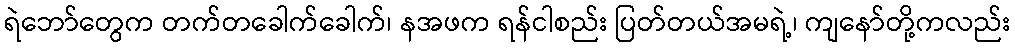
ရဲဘော်တွေက တက်တခေါက်ခေါက်၊ နအဖက ရန်ငါစည်း ပြတ်တယ်အမရဲ့၊ ကျနော်တို့ကလည်း